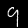
Digit: 9